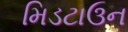
મિડટાઉન